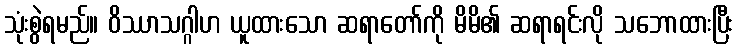
သုံးစွဲရမည်။ ဝိဿာသဂ္ဂါဟ ယူထားသော ဆရာတော်ကို မိမိ၏ ဆရာရင်းလို သဘောထားပြီး